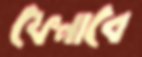
ফেনাবে